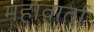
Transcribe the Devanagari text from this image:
महावार्ता